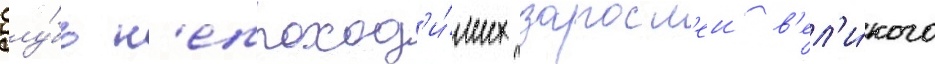
вглу́бь н'епроход'и́мых заросл'еи в'ел'и́кого